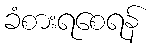
ခံစားရစေရန်